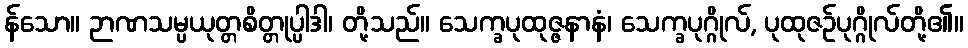
န်သော။ ဉာဏသမ္ပယုတ္တစိတ္တုပ္ပါဒါ၊ တို့သည်။ သေက္ခပုထုဇ္ဇနာနံ၊ သေက္ခပုဂ္ဂိုလ်, ပုထုဇဉ်ပုဂ္ဂိုလ်တို့၏။